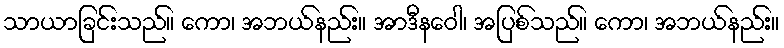
သာယာခြင်းသည်။ ကော၊ အဘယ်နည်း။ အာဒီနဝေါ၊ အပြစ်သည်။ ကော၊ အဘယ်နည်း။